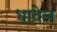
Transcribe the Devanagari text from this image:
धावेल